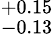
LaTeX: ^{+0.15}_{-0.13}